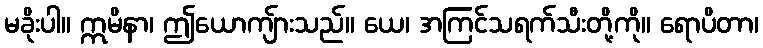
မခိုးပါ။ ဣမိနာ၊ ဤယောကျ်ားသည်။ ယေ၊ အကြင်သရက်သီးတို့ကို။ ရောပိတာ၊